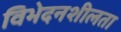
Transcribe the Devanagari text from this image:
विभेदनशीलता